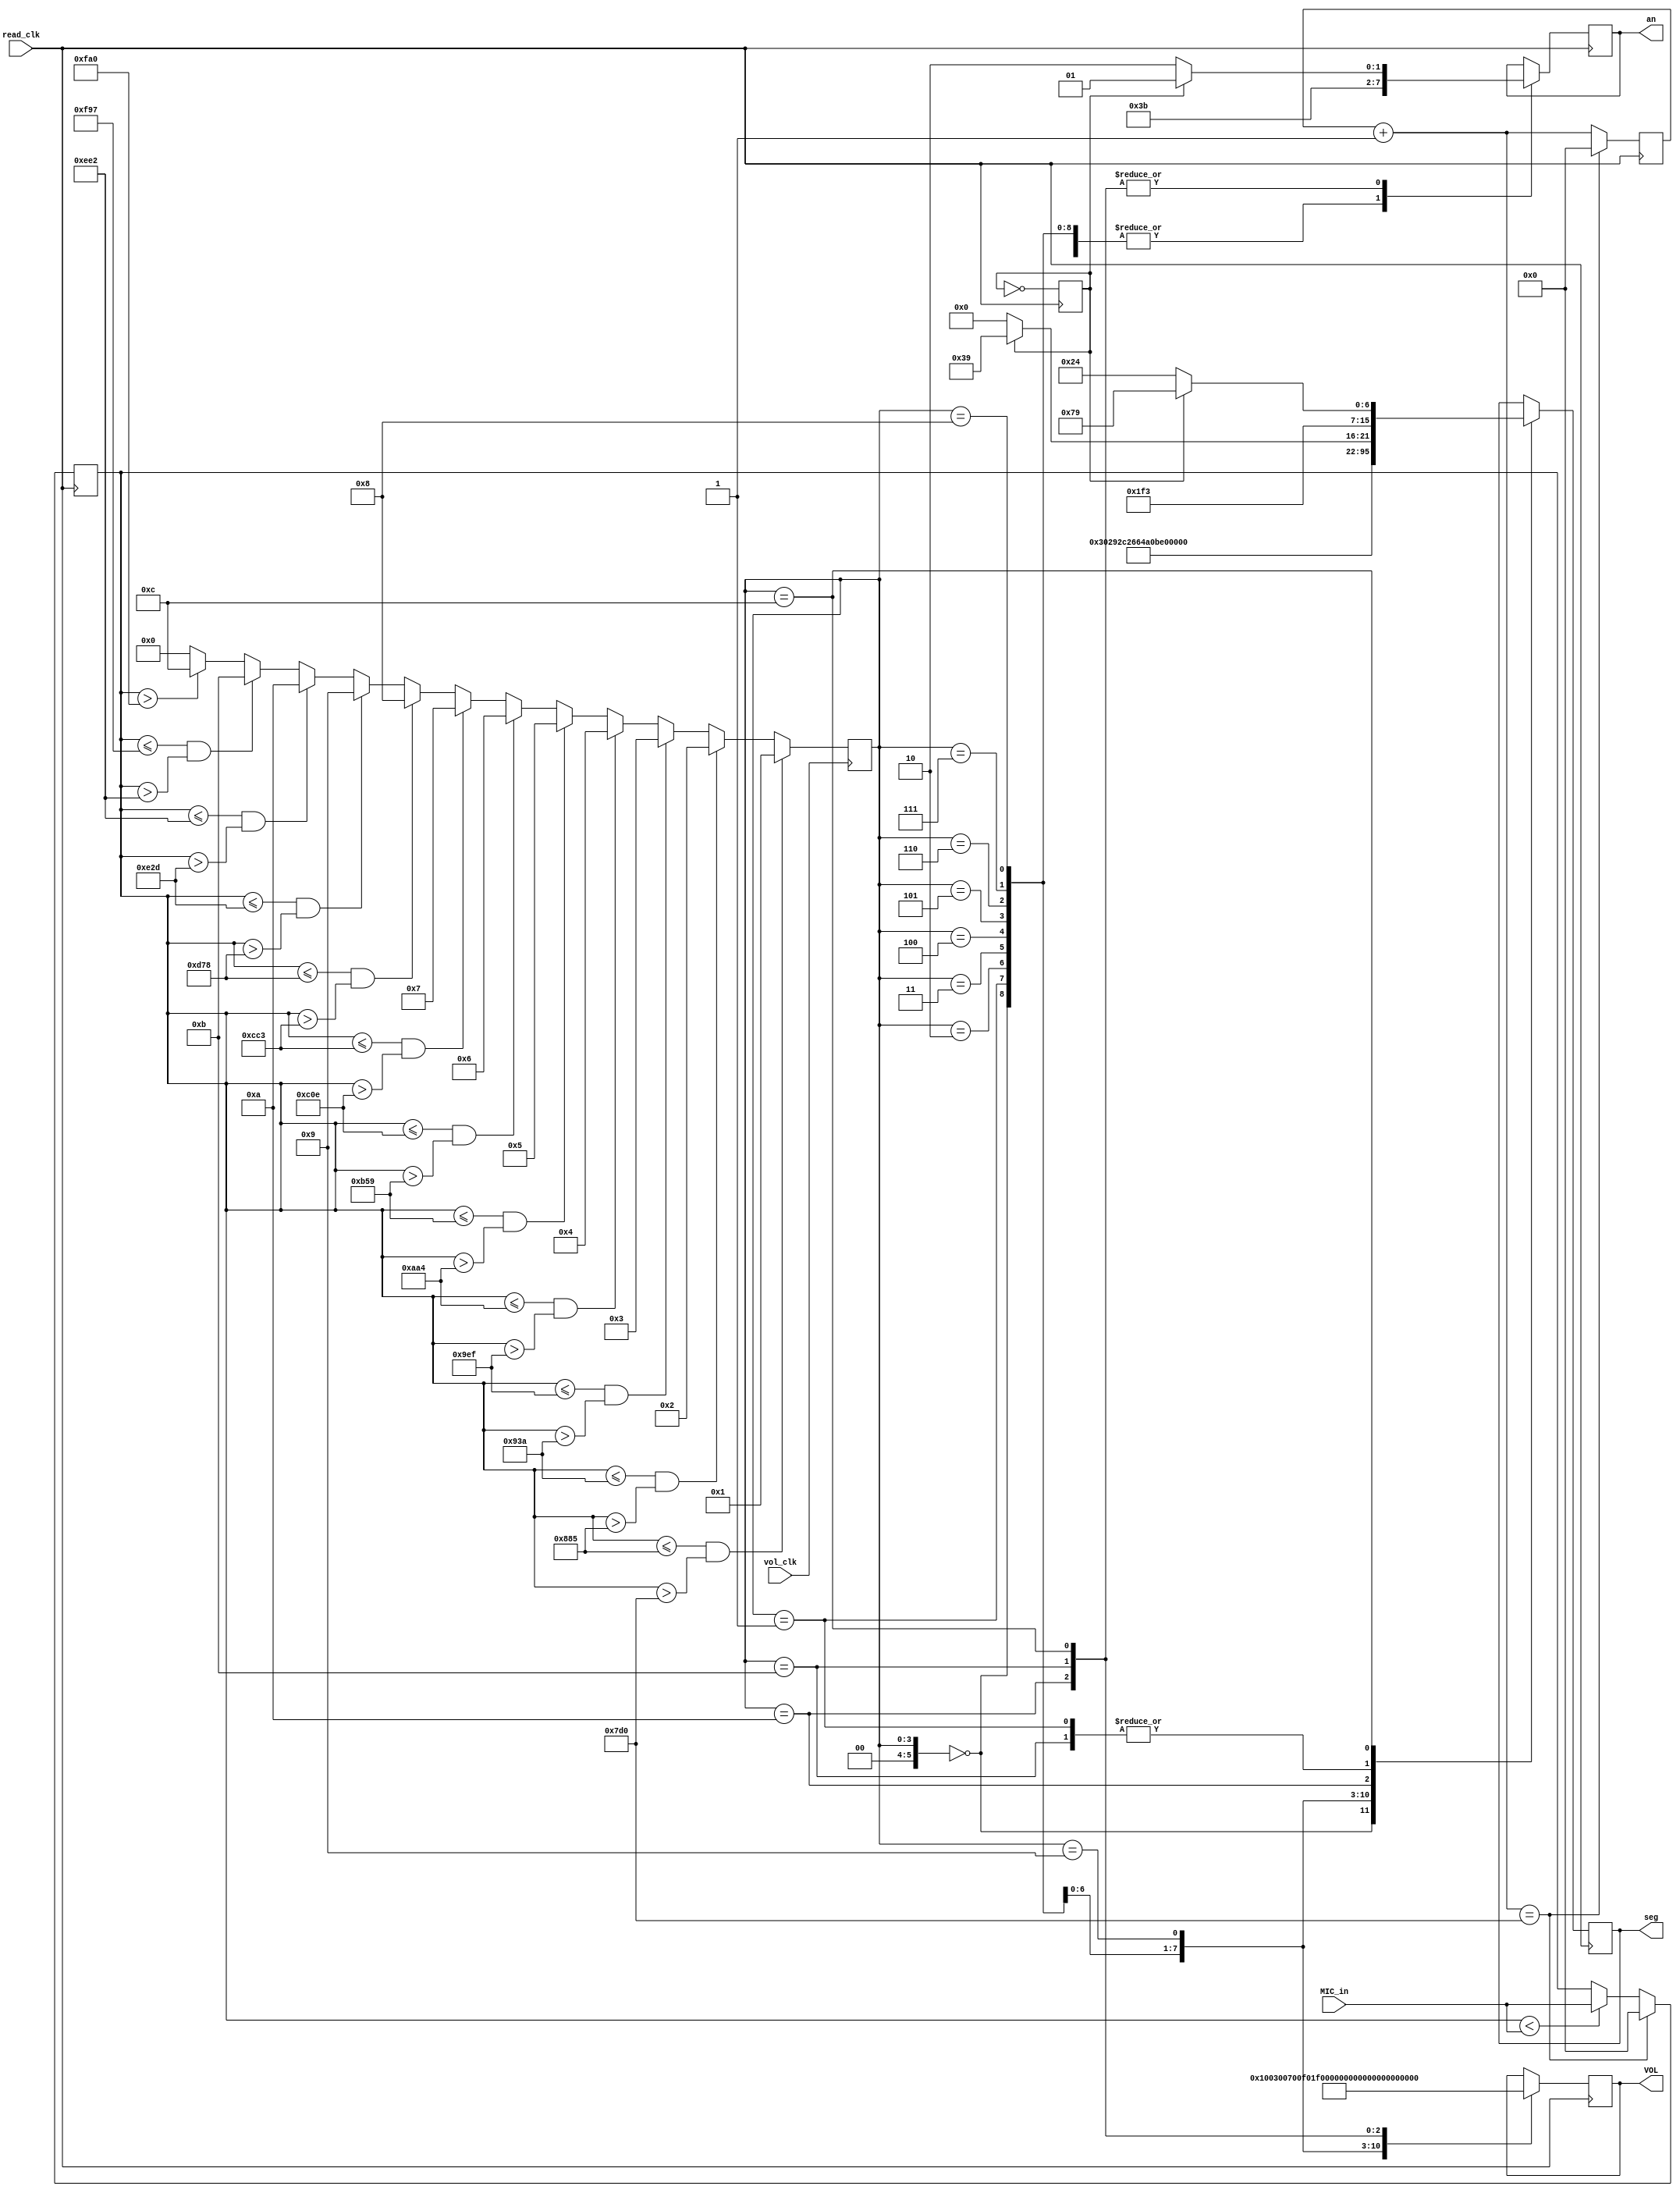
`timescale 1ns / 1ps
//////////////////////////////////////////////////////////////////////////////////
// Company: 
// Engineer: 
// 
// Design Name: 
// Module Name: Volume_Indicator
// Project Name: 
// Target Devices: 
// Tool Versions: 
// Description: 
// 
// Dependencies: 
// 
// Revision:
// Revision 0.01 - File Created
// Additional Comments:
// 
//////////////////////////////////////////////////////////////////////////////////


module Volume_Indicator( input [11:0] MIC_in,input vol_clk, input read_clk, output[11:0] VOL, output [3:0]an,output[7:0]seg);
reg [11:0] meter=0;
reg [11:0] counter=0;
reg [11:0] temp_vol=0;
reg [5:0] level=0;
reg [3:0] temp_an=0;
reg [7:0] temp_seg=0;
reg counter2=0;
always @ (posedge read_clk) begin
meter = (meter < MIC_in) ? MIC_in : meter;
counter = counter + 1;
counter2 = ~counter2;
case (level)
0: begin 
   temp_vol='b000000000000;
   temp_an='b1110;
   temp_seg='b11000000; //0
   end 
1: begin 
   temp_vol='b000000000001;
   temp_an='b1110;
   temp_seg='b11111001; //1
   end
2: begin 
   temp_vol='b000000000011;
   temp_an='b1110;
   temp_seg='b10100100; //2
   end
3: begin
   temp_vol='b000000000111;
   temp_an='b1110;
   temp_seg='b10110000; //3
   end
4: begin
   temp_vol='b000000001111;
   temp_an='b1110;
   temp_seg='b10011001; //4
   end
5: begin
   temp_vol='b000000011111;
   temp_an='b1110;
   temp_seg='b10010010; //5
   end
6: begin
   temp_vol='b000000111111;
   temp_an='b1110;
   temp_seg='b10000010; //6
   end
7: begin
   temp_vol='b000001111111;
   temp_an='b1110;
   temp_seg='b11111000; //7
   end
8: begin
   temp_vol='b000011111111;
   temp_an='b1110;
   temp_seg='b10000000; //8
   end
9: begin
   temp_vol='b000111111111;
   temp_an='b1110;
   temp_seg='b10010000; //9
   end
10: begin
    temp_vol='b001111111111;
    temp_an=(counter2==0) ? 'b1101 : 'b1110;
    temp_seg=(counter2==0) ? 'b11111001 : 'b11000000; //10
    end
11: begin
    temp_vol='b011111111111;
    temp_an=(counter2==0) ? 'b1101 : 'b1110;
    temp_seg=(counter2==0) ? 'b11111001 : 'b11111001; //11
    end
12: begin
    temp_vol='b111111111111;
    temp_an=(counter2==0) ? 'b1101 : 'b1110;
    temp_seg=(counter2==0) ? 'b11111001 : 'b10100100; //12
    end
endcase
if (counter=='d2000) begin
meter=0;
counter=0;
end
end

always @ (posedge vol_clk) begin

        level <= ((meter<=2000+181) & (meter>2000)) ? 1 :
                ((meter<=(2000+181*2)) & (meter>2000+181)) ? 2 :
                ((meter<=(2000+181*3)) & (meter>(2000+181*2))) ? 3 :
                ((meter<=(2000+181*4)) & (meter>(2000+181*3))) ? 4 :
                ((meter<=(2000+181*5)) & (meter>(2000+181*4))) ? 5 :
                ((meter<=(2000+181*6)) &(meter>(2000+181*5))) ? 6 :
                ((meter<=(2000+181*7)) & (meter>(2000+181*6))) ? 7 :
                ((meter<=(2000+181*8)) & (meter>(2000+181*7))) ? 8 :
                ((meter<=(2000+181*9)) & (meter>(2000+181*8))) ? 9 :
                ((meter<=(2000+181*10)) & (meter>(2000+181*9))) ? 10 :
                ((meter<=(2000+181*11)) & (meter>(2000+181*10))) ? 11 :
                (meter>(4000)) ? 12 :
                0;
        
end
assign VOL = temp_vol;
assign an = temp_an;
assign seg = temp_seg;
endmodule